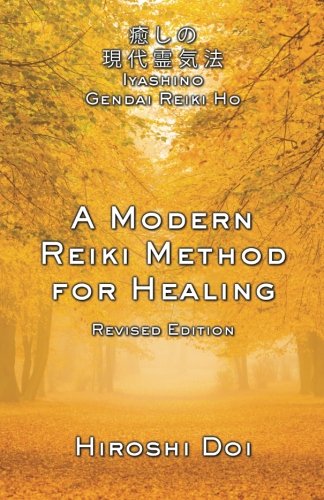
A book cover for A Modern Reiki Method for Healing; Hiroshi Doi; Religion & Spirituality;